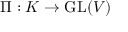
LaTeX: \Pi : K \rightarrow \operatorname { G L } ( V )